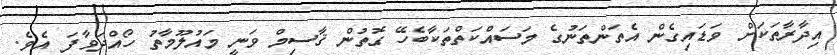
އިދާރާތަކަށް ވަޑައިގެން އެތަންތަނުގެ މަސައްކަތްތަކާބެހޭ ގޮތުން ޤާސިމް ވަނީ މައުލޫމާތު ހޯއްދަވާފަ އެވެ.